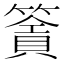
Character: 𥳹